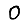
Digit: 0